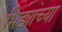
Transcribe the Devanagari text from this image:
भिड्यांच्या